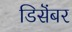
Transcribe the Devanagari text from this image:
डिसॆंबर